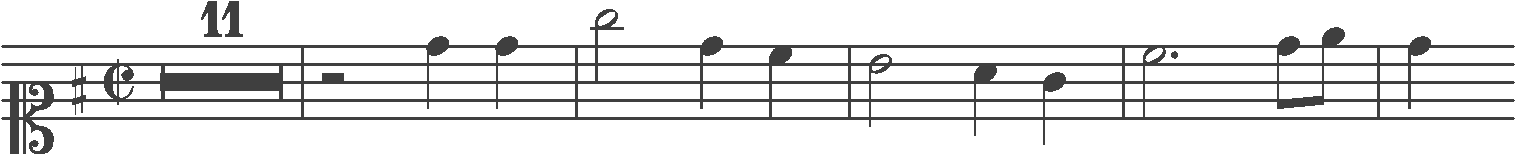
Transcription: clef-C1 keySignature-GM timeSignature-C/ multirest-11 barline rest-half note-D5_quarter note-D5_quarter barline note-G5_half note-D5_quarter note-C5_quarter barline note-B4_half note-A4_quarter note-G4_quarter barline note-C5_half. note-D5_eighth note-E5_eighth barline note-D5_quarter